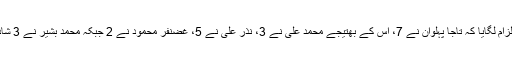
خواتین نے الزام لگایا کہ تاجا پہلوان نے 7، اس کے بھتیجے محمد علی نے 3، نذر علی نے 5، غضنفر محمود نے 2 جبکہ محمد بشیر نے 3 شادیاں کی ہیں۔